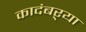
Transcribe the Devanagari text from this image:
कादंबऱ्‍या